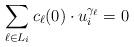
LaTeX: \begin{align*}\sum_{\ell\in L_{i}} c_{\ell}(0)\cdot u_{i}^{\gamma_{\ell}}=0\end{align*}